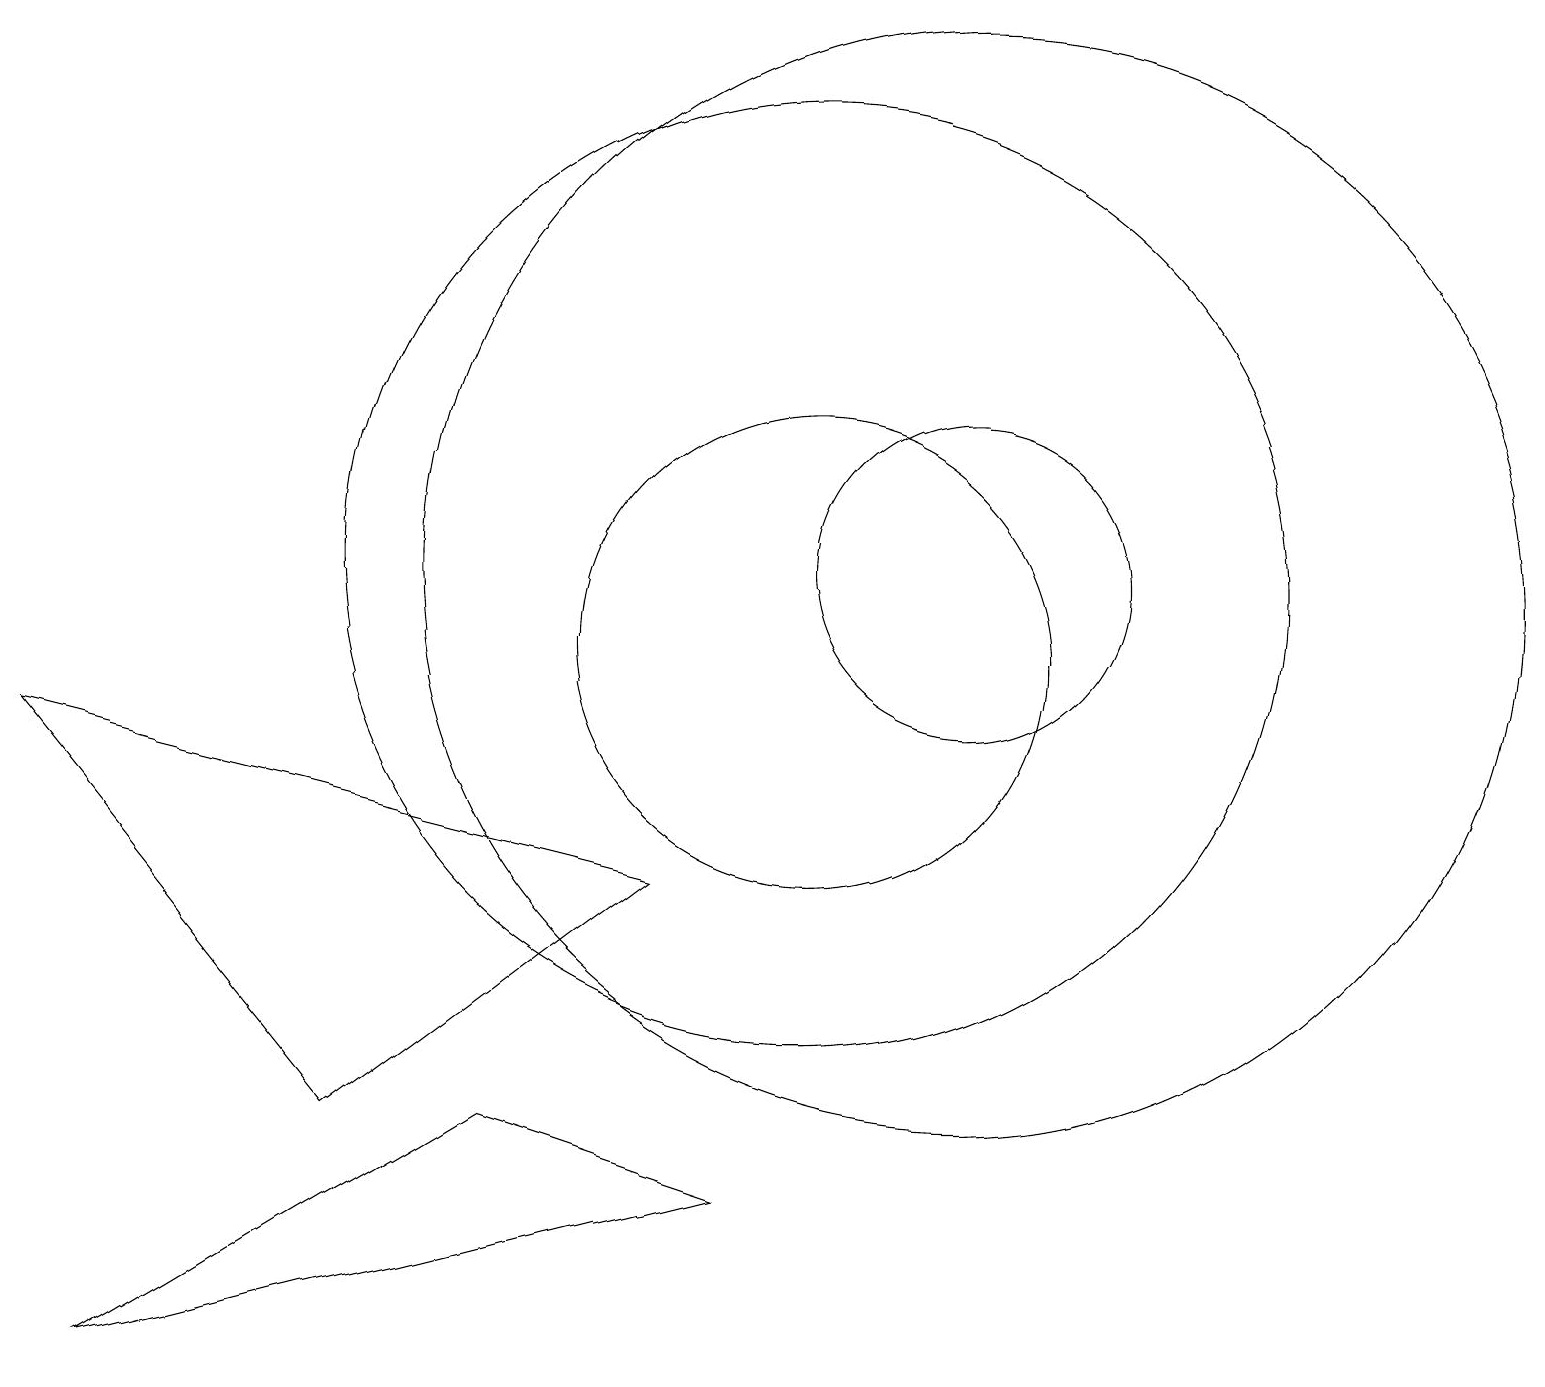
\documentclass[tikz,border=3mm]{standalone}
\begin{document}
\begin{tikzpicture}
\draw (10,10) circle (3);
\draw (12,11) circle (7);
\draw (1,1) -- (6,4) -- (9,3) -- cycle;
\draw (12,11) circle (2);
\draw (10,11) circle (6);
\draw (0,9) -- (8,7) -- (4,4) -- cycle;
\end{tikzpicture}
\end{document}